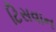
ટિસવાન